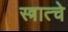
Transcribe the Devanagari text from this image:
स्त्रात्चे